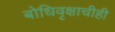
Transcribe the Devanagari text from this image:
बोधिवृक्षाचीही